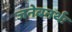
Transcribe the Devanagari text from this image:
जनेबनर्थः